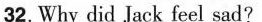
32.Why did Jack feel sad?